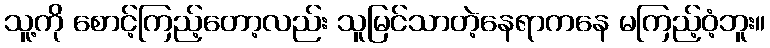
သူ့ကို စောင့်ကြည့်တော့လည်း သူမြင်သာတဲ့နေရာကနေ မကြည့်ဝံ့ဘူး။